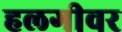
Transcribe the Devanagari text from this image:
हलगीवर